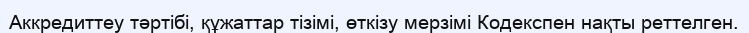
Аккредиттеу тәртібі, құжаттар тізімі, өткізу мерзімі Кодекспен нақты реттелген.